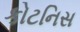
કોટનિસ